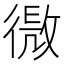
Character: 𢕧